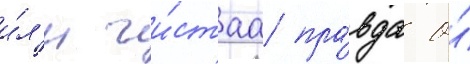
и́л'и чи́стаа пра́вда о́